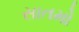
સાતમો